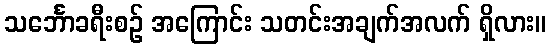
သင်္ဘောခရီးစဉ် အကြောင်း သတင်းအချက်အလက် ရှိလား။